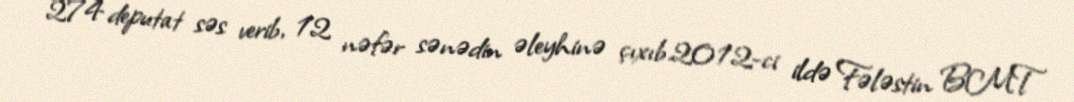
274 deputat səs verib, 12 nəfər sənədin əleyhinə çıxıb.2012-ci ildə Fələstin BMT